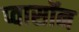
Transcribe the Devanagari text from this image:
प्वासॉन